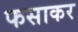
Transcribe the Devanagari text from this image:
फसाकर